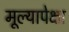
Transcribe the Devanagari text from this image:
मूल्यापेक्षा